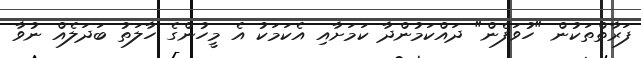
ފަރާތްތަކުން "ހުވަފެން" ދައްކަމުންދާ ކަމަށާއި އެކަމަކު އެ މީހުންގެ ހާލަތު ބަދަލެއް ނުވާ